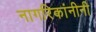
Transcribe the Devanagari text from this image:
नागरिकांनीनी